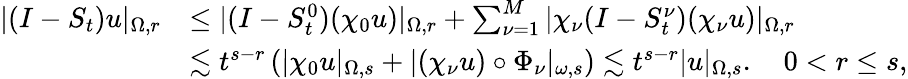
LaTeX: \begin{array}{rl}{|(I-S_{t})u|_{\Omega,r}}&{\leq|(I-S_{t}^{0})(\chi_{0}u)|_{\Omega,r}+\sum_{\nu=1}^{M}|\chi_{\nu}(I-S_{t}^{\nu})(\chi_{\nu}u)|_{\Omega,r}}\\ &{\lesssim t^{s-r}\left(|\chi_{0}u|_{\Omega,s}+|(\chi_{\nu}u)\circ\Phi_{\nu}|_{\omega,s}\right)\lesssim t^{s-r}|u|_{\Omega,s}.\quad 0<r\leq s,}\end{array}